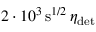
2 \cdot 1 0 ^ { 3 } \, \mathrm { s } ^ { 1 / 2 } \, \eta _ { \mathrm { d e t } }